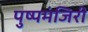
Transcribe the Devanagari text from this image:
पुष्पमंजिरी